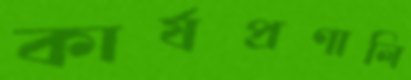
কার্যপ্রণালি